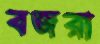
বজরা